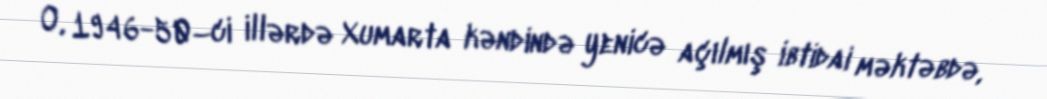
O, 1946-50–ci illərdə Xumarta kəndində yenicə açılmış ibtidai məktəbdə,